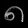
Digit: ၈